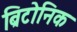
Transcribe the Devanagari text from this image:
ब्रिटोनिक